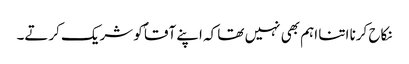
نکاح کرنا اتنا اہم بھی نہیں تھا کہ اپنے آقاؐ کو شریک کرتے۔